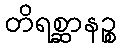
တိရစ္ဆာနဉ္စ